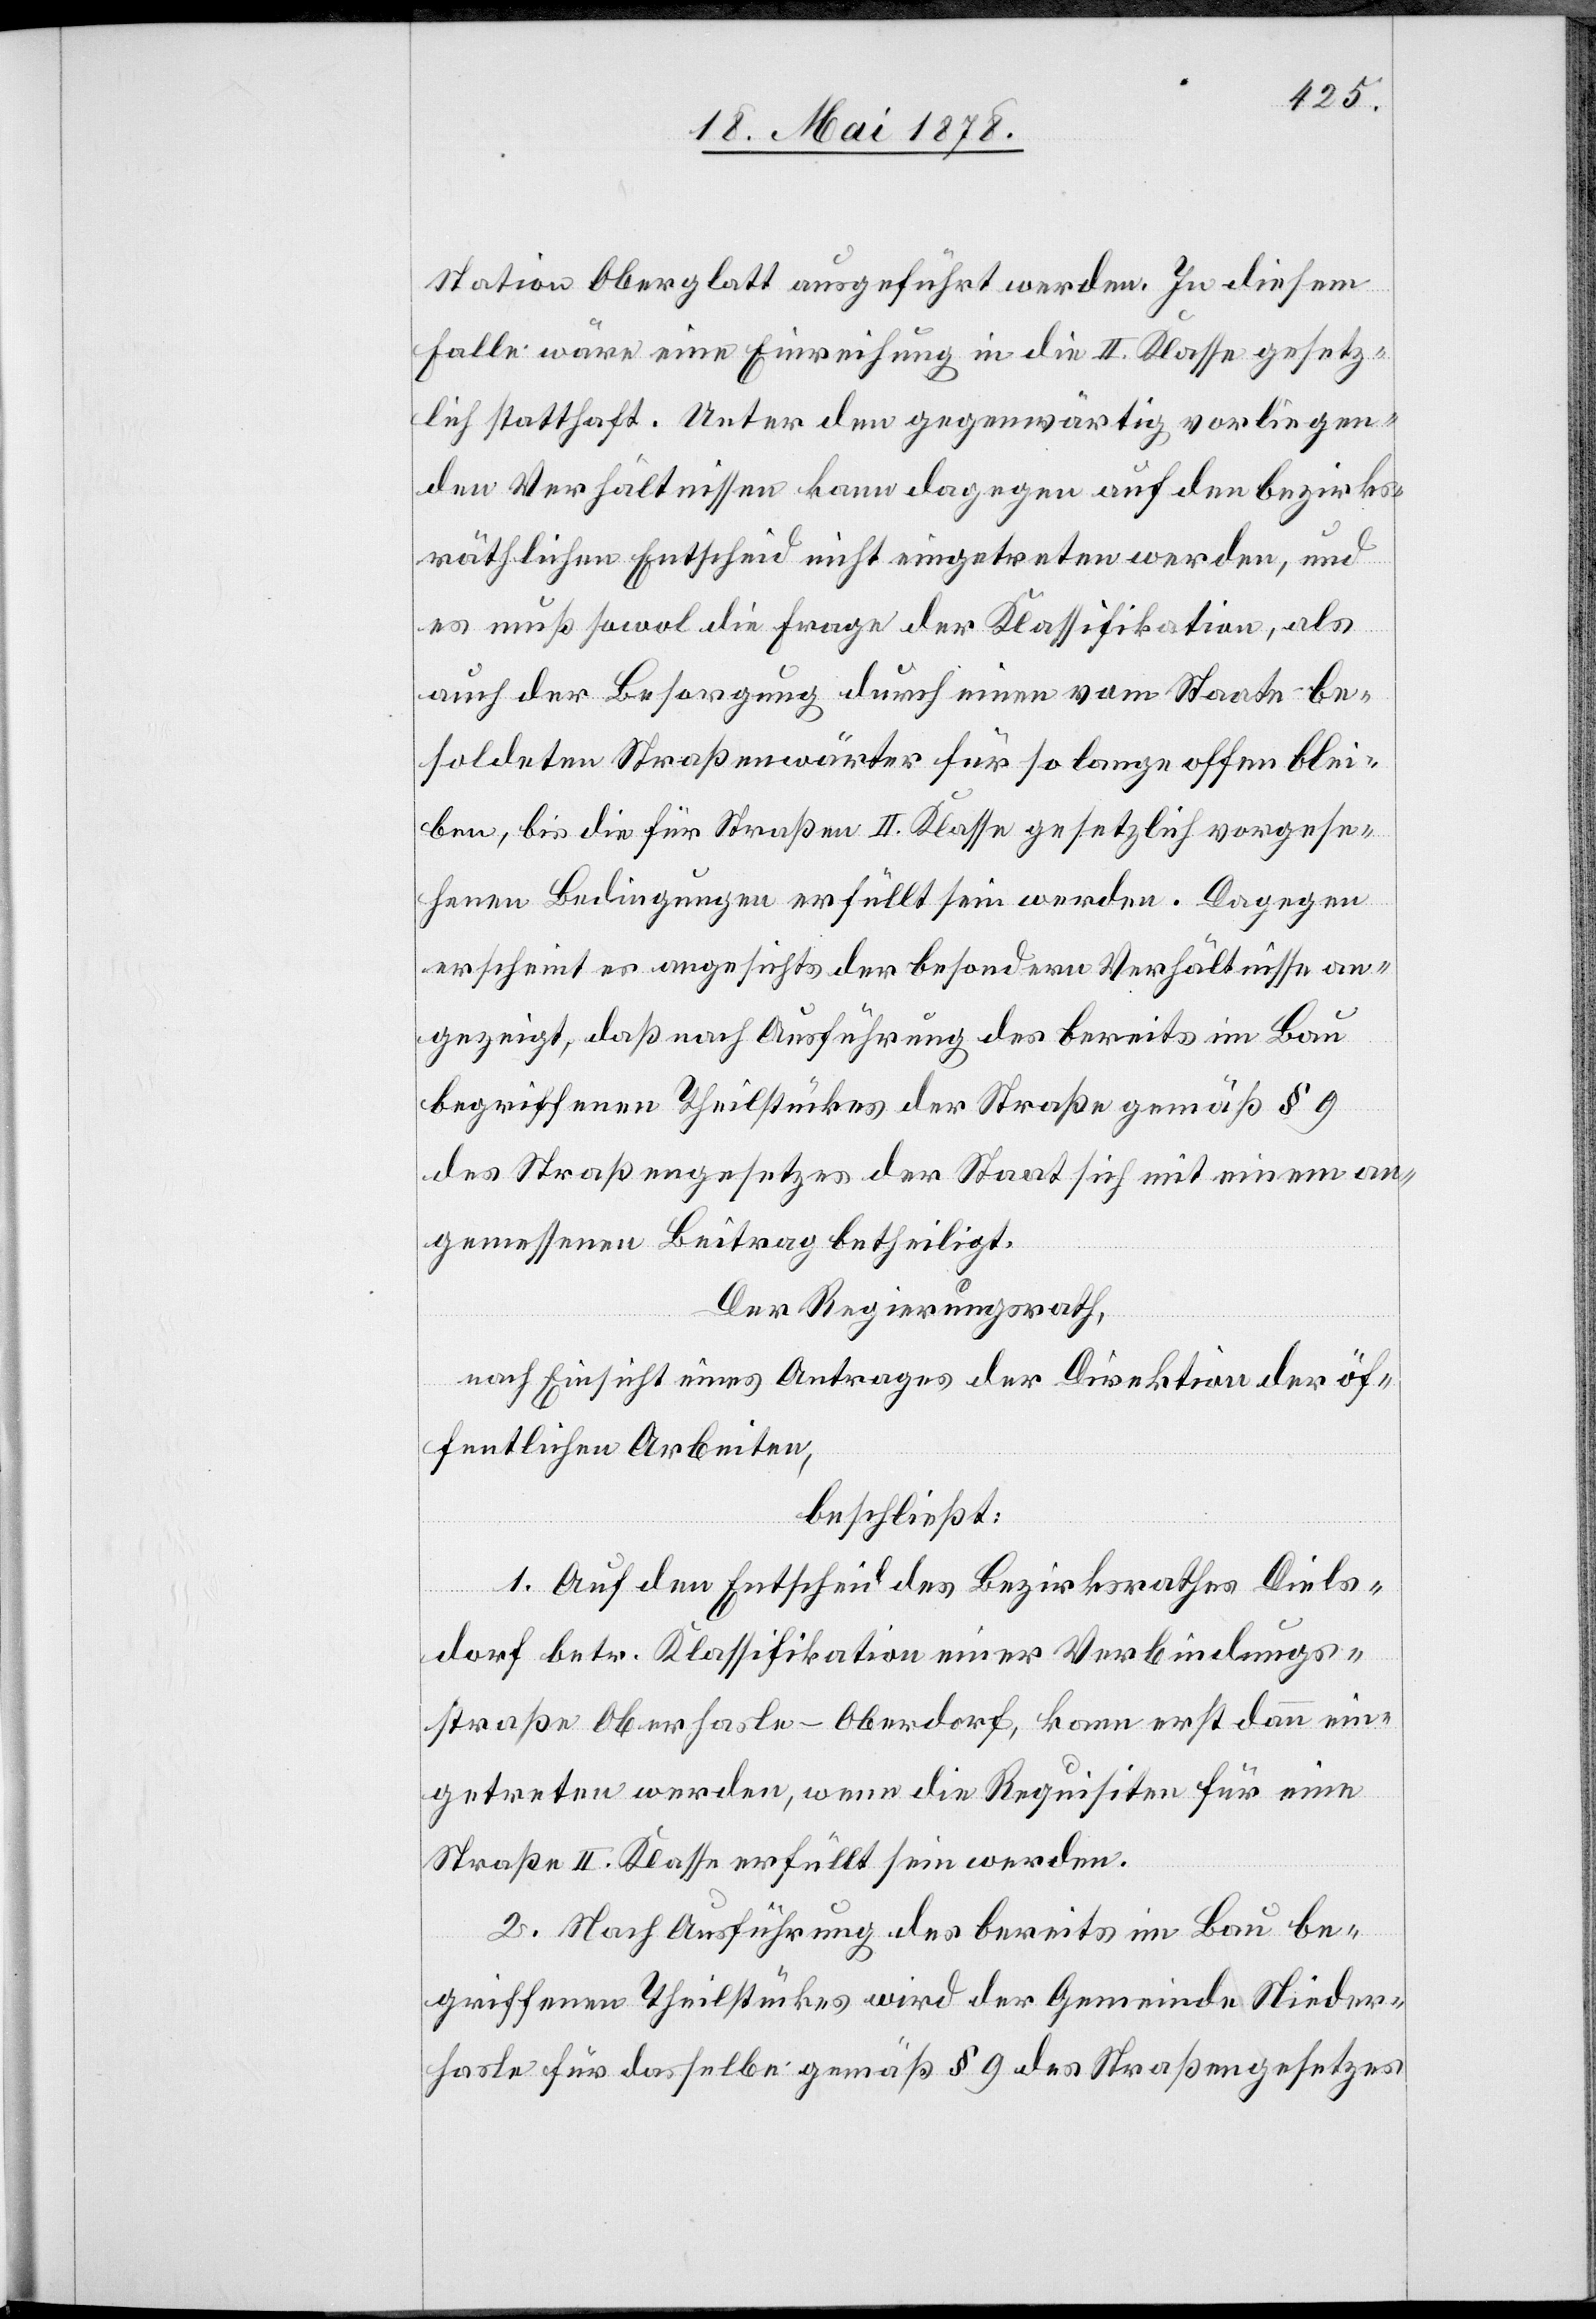
Station Oberglatt ausgeführt werden. In diesem
Falle wäre eine Einreihung in die II. Klasse gesetz¬
lich statthaft. Unter den gegenwärtig vorliegen¬
den Verhältnissen kann dagegen auf den bezirks¬
räthlichen Entscheid nicht eingetreten werden, und
es muß sowol die Frage der Klassifikation, als
auch der Besorgung durch einen vom Staate be¬
soldeten Straßenwärter für so lange offen blei¬
ben, bis die für Straßen II. Klasse gesetzlich vorgese¬
henen Bedingungen erfüllt sein werden. Dagegen
erscheint es angesichts der besondern Verhältnisse an¬
gezeigt, daß nach Ausführung des bereits im Bau
begriffenen Theilstückes der Straße gemäß § 9
des Straßengesetzes der Staat sich mit einem an¬
gemessenen Beitrag betheiligt.
Der Regierungsrath,
nach Einsicht eines Antrages der Direktion der öf¬
fentlichen Arbeiten,
beschließt:
1. Auf dem Entscheid des Bezirksrathes Diels¬
dorf betr. Klassifikation einer Verbindungs¬
straße Oberhasle–Oberdorf, kann erst dann ein¬
getreten werden, wenn die Requisiten für eine
Straße II. Klasse erfüllt sein werden.
2. Nach Ausführung des bereits im Bau be¬
griffenen Theilstückes wird der Gemeinde Nieder¬
hasle für dasselbe gemäß § 9 des Straßengesetzes